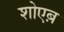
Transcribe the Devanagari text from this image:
शोएब़